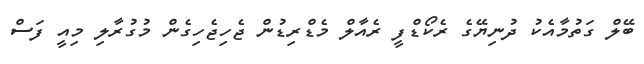
ބޭލް ގަތުމާއެކު ދުނިޔޭގެ ރެކޯޑްފީ ރެއާލް މެޑްރިޑުން ޖެހިޖެހިގެން މުގުރާލި މިއީ ފަސް